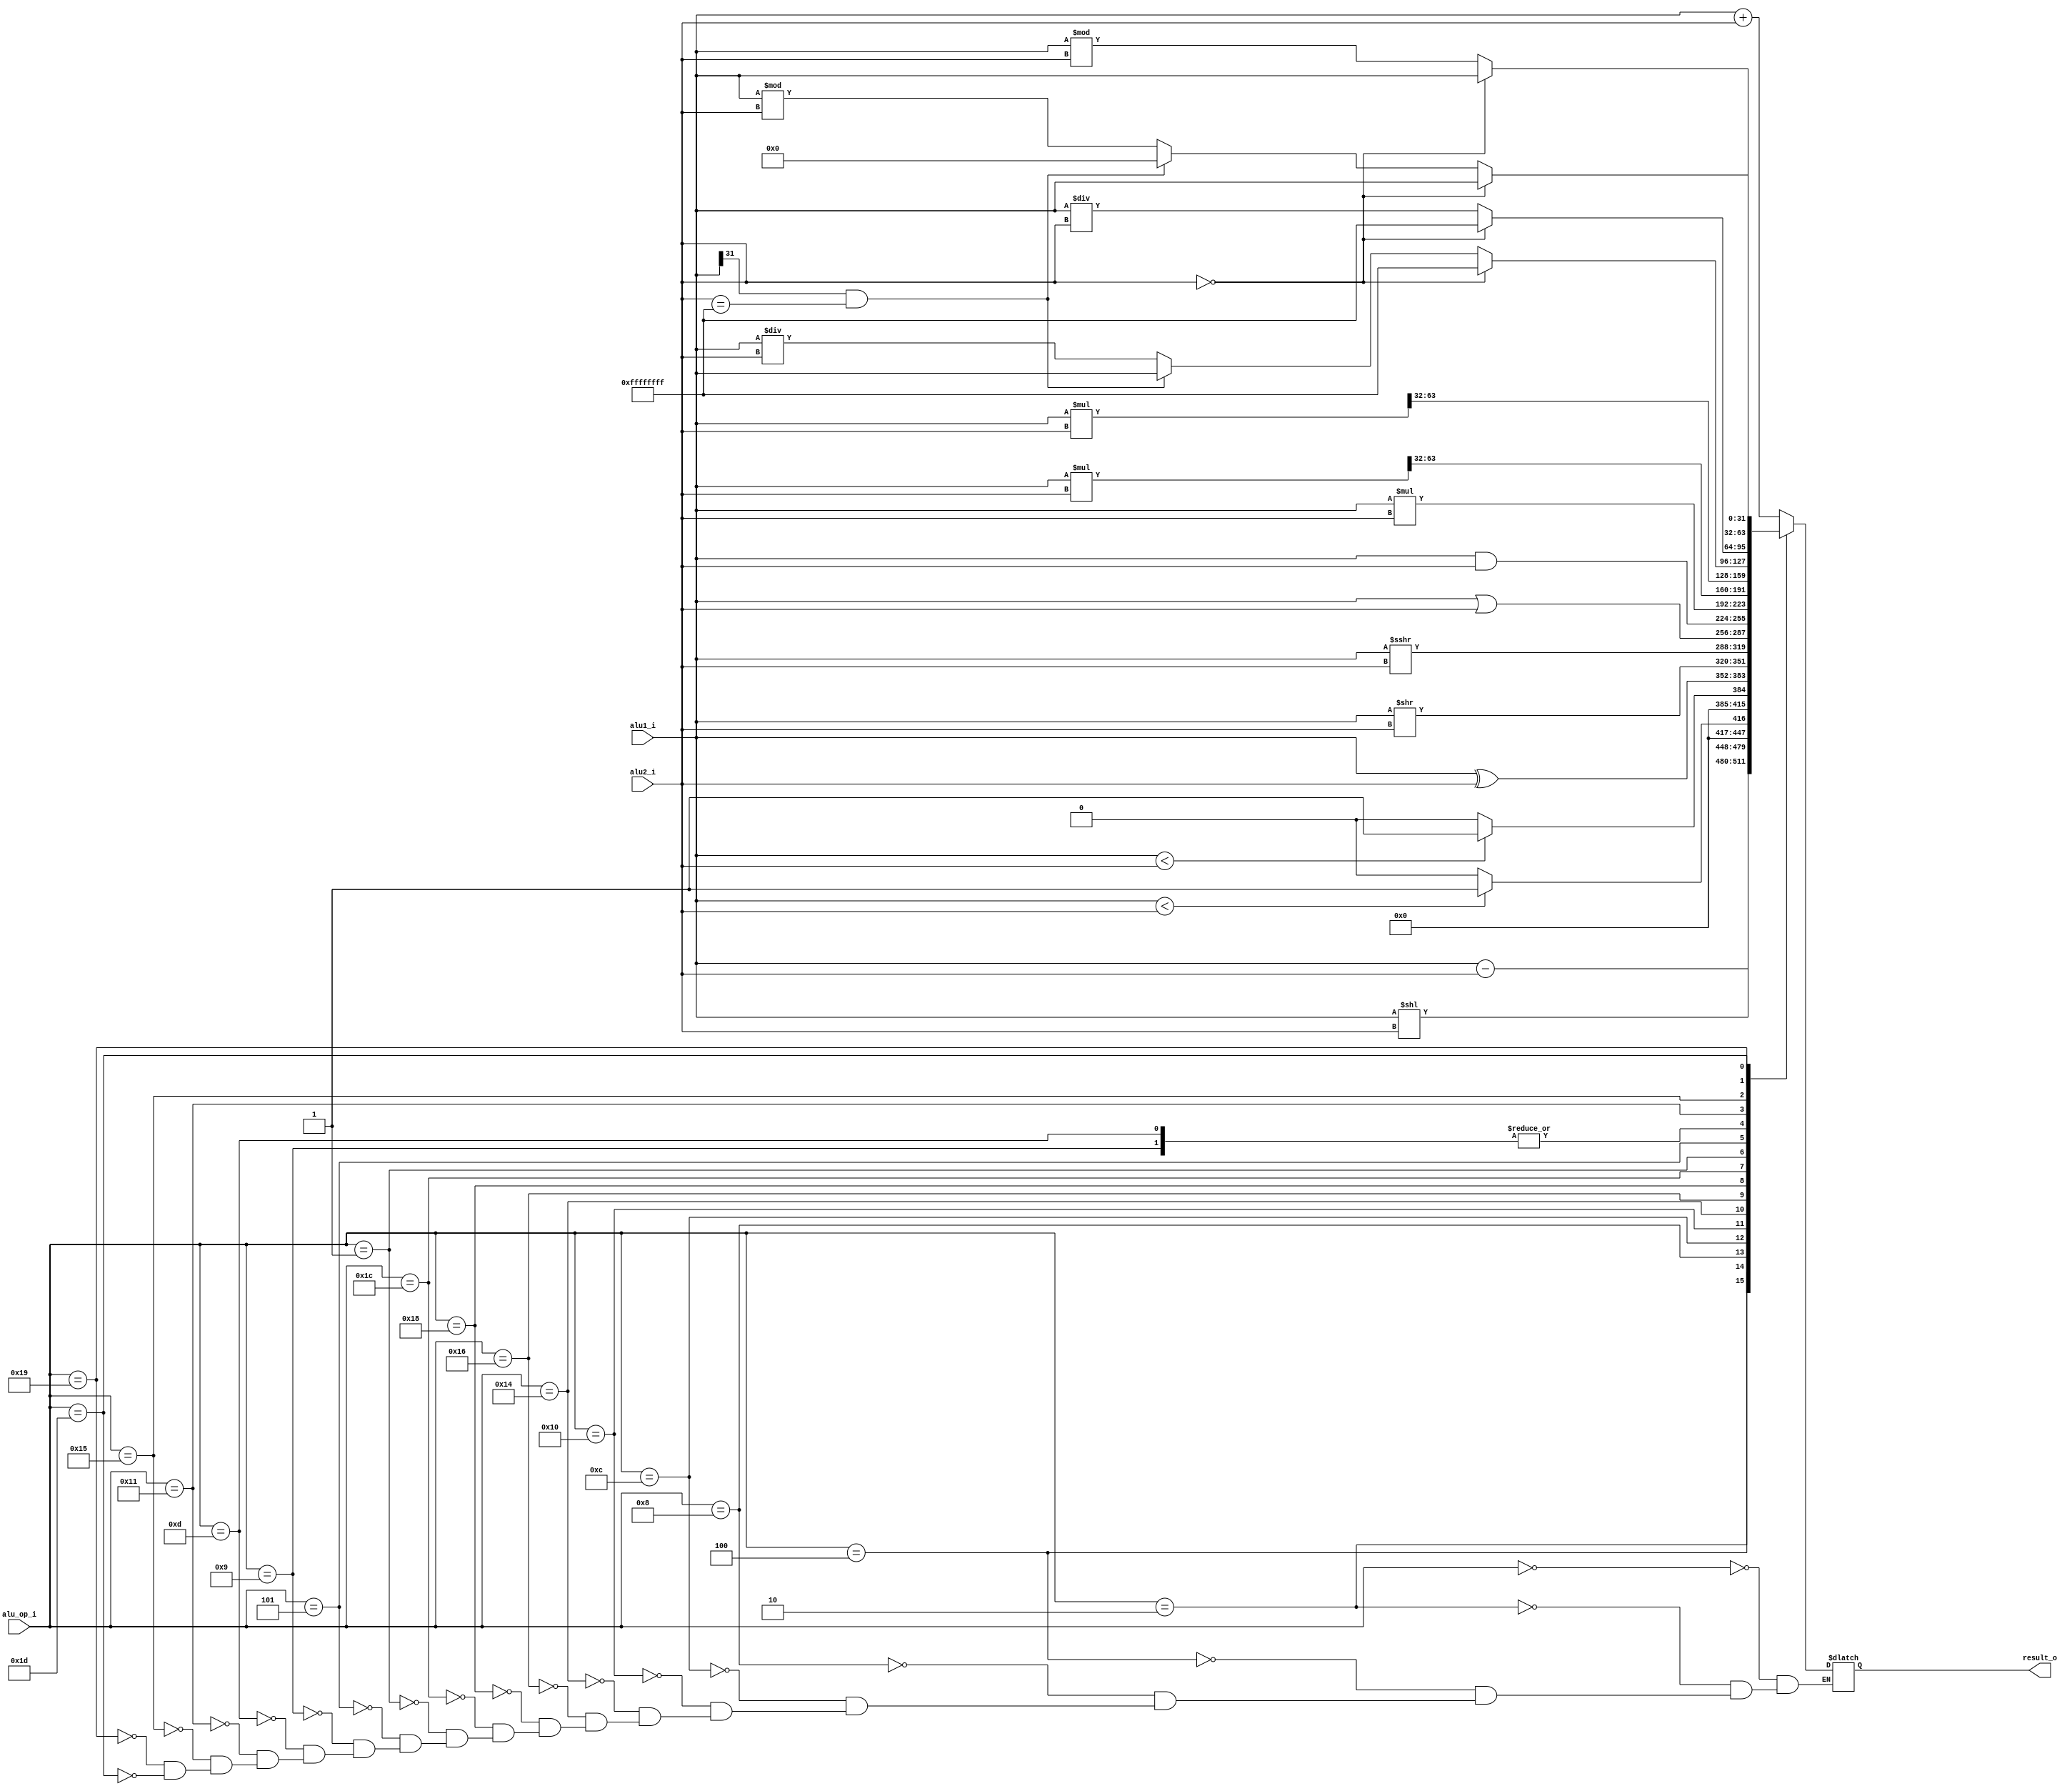
`timescale 1ns / 1ps
module alu (input [31:0]alu1_i,
            input [31:0]alu2_i,
            input [4:0] alu_op_i,
            output [31:0]result_o);

            reg [63:0]mul_r;
            reg [31:0]result_r;
            
            always @ (alu1_i or alu2_i or alu_op_i) begin
                
                case (alu_op_i)
                5'b00000:   //ADD
                result_r = alu1_i + alu2_i;
                5'b00010:   //SUB
                result_r = alu1_i - alu2_i;
                5'b00100:   //SLL
                result_r = alu1_i << alu2_i;
                5'b01000:   //SLT
                result_r = $signed(alu1_i) < $signed(alu2_i) ? 1 : 0;
                5'b01100:   //SLTU
                result_r = alu1_i < alu2_i ? 1 : 0;
                5'b10000:   //XOR
                result_r = alu1_i ^ alu2_i;
                5'b10100:   //SRL
                result_r = alu1_i >> alu2_i;
                5'b10110:   //SRA
                result_r = $signed(alu1_i) >>> alu2_i;
                5'b11000:   //OR
                result_r = alu1_i | alu2_i;
                5'b11100:   //AND
                result_r = alu1_i & alu2_i;
                5'b00001:   //MUL
                result_r = alu1_i * alu2_i;
                5'b00101:   //MULH 
                begin
                    mul_r = $signed(alu1_i) * $signed(alu2_i);
                    result_r = mul_r[63:32];
                end
                5'b01001:   //MULHU
                begin
                    mul_r = $unsigned(alu1_i) * $unsigned(alu2_i);
                    result_r = mul_r[63:32];
                end
                5'b01101:   //MULHSU
                begin
                    mul_r = $signed(alu1_i) * $unsigned(alu2_i);
                    result_r = mul_r[63:32];
                end
                5'b10001:   //DIV
                begin
                    if(alu2_i == 32'h0) begin
                    result_r = -32'h1; 
                    end else if(alu1_i[31] == 1'b1 && alu2_i == -32'h1) begin 
                    result_r = alu1_i;
                    end else begin 
                    result_r = $signed(alu1_i) / $signed(alu2_i);
                    end
                end
                5'b10101:   //DIVU
                begin
                    if(alu2_i == 32'h0) begin
                    result_r = (2**32)-1;
                    end else begin 
                    result_r = $unsigned(alu1_i) / $unsigned(alu2_i);
                    end
                end
                5'b11001:   //REM 
                begin
                if(alu2_i == 32'h0) begin
                    result_r = alu1_i; 
                    end else if(alu1_i[31] == 1'b1 && alu2_i == -32'h1) begin 
                    result_r = 32'h0;
                    end else begin 
                    result_r = $signed(alu1_i) % $signed(alu2_i);
                    end
                end
                5'b11101:   //REMU
                begin
                if(alu2_i == 32'h0) begin
                    result_r = alu1_i;
                    end else begin 
                    result_r = $unsigned(alu1_i) % $unsigned(alu2_i);
                    end
                end
                endcase
            end
            
            assign result_o = result_r;


endmodule